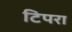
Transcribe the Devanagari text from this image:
टिपरा